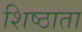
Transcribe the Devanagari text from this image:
शिष्ठाता